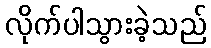
လိုက်ပါသွားခဲ့သည်